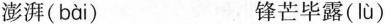
澎湃( bài ) 锋芒毕露( lù )